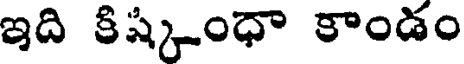
ఇది కిష్కంధా కాండం